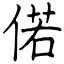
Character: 偌